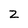
Character: z